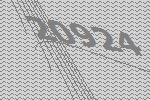
20924